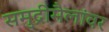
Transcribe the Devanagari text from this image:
समुद्रीमैलांवर